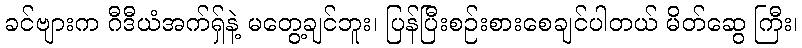
ခင်ဗျားက ဂီဒီယံအက်ရှ်နဲ့ မတွေ့ချင်ဘူး၊ ပြန်ပြီးစဉ်းစားစေချင်ပါတယ် မိတ်ဆွေ ကြီး၊